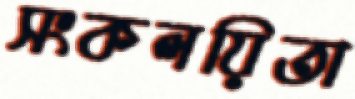
সংকলয়িতা